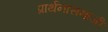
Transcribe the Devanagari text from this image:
प्रार्थनासमाजी